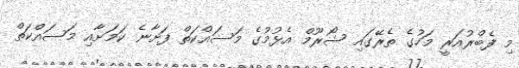
މި ފެބްރުއަރީ މަހުގެ ތެރޭގައި ޝޯރޫމް އެޅުމުގެ މަސައްކަތް ފަށާނެ ކަމަށާއި މަސައްކަތް